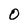
Character: o